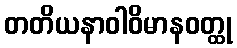
တတိယနာဝါဝိမာနဝတ္ထု